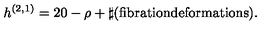
h ^ { ( 2 , 1 ) } = 2 0 - \rho + \sharp ( \mathrm { f i b r a t i o n } \mathrm { d e f o r m a t i o n s } ) .